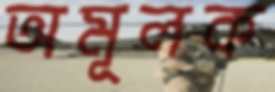
অমূলক